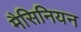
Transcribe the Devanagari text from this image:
मैसिनियन